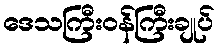
ဒေသကြီးဝန်ကြီးချုပ်